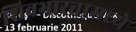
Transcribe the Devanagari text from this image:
शिवभारतामध्ये